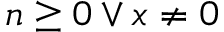
n \geq 0 \vee x \neq 0